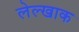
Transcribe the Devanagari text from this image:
लेल्खाक